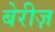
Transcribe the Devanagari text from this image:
बेरीज़